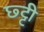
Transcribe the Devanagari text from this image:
छ्ट्टी